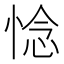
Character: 惗